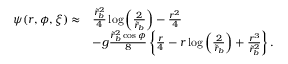
\begin{array} { r l } { \psi ( r , \phi , \xi ) \approx } & { \frac { \tilde { r } _ { b } ^ { 2 } } { 4 } \log \left( \frac { 2 } { \tilde { r } _ { b } } \right) - \frac { r ^ { 2 } } { 4 } } \\ & { - g \frac { \tilde { r } _ { b } ^ { 2 } \cos \phi } { 8 } \left\{ \frac { r } { 4 } - r \log \left( \frac { 2 } { \tilde { r } _ { b } } \right) + \frac { r ^ { 3 } } { \tilde { r } _ { b } ^ { 2 } } \right\} . } \end{array}